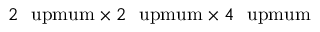
2 \ \mathrm { \ u p m u m } \times 2 \ \mathrm { \ u p m u m } \times 4 \ \mathrm { \ u p m u m }